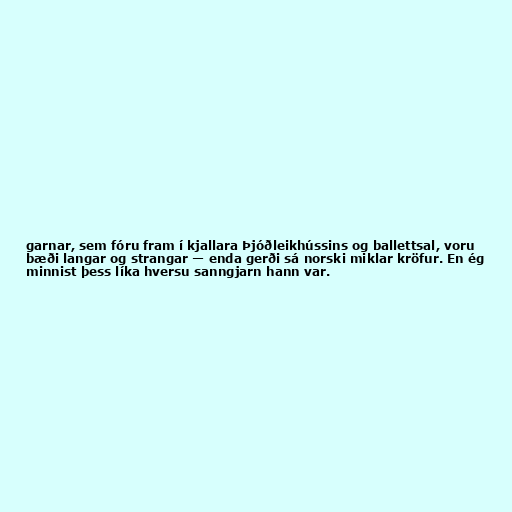
garnar, sem fóru fram í kjallara Þjóðleikhússins og ballettsal, voru
bæði langar og strangar — enda gerði sá norski miklar kröfur. En ég
minnist þess líka hversu sanngjarn hann var.